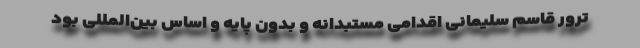
ترور قاسم سلیمانی اقدامی مستبدانه و بدون پایه و اساس بین‌المللی بود